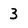
Character: 3